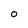
Character: O